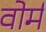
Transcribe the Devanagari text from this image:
वोर्म